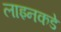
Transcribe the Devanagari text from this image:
लाइनकडे